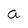
Character: a